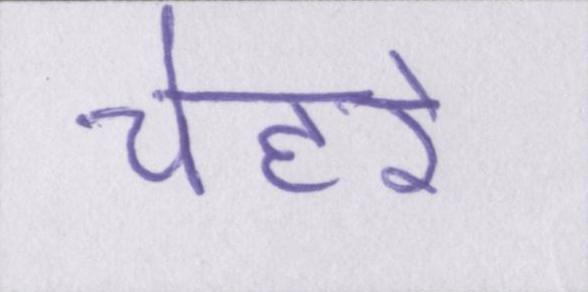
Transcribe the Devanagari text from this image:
चेहरे